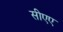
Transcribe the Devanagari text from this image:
सीएए